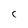
Character: C